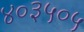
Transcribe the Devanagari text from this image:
४०३५०५